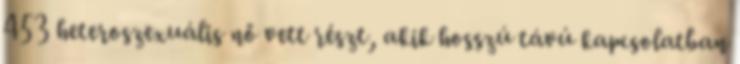
453 heteroszexuális nő vett részt, akik hosszú távú kapcsolatban